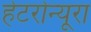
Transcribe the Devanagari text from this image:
हेटरोन्यूरा